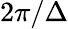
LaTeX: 2\pi/\Delta